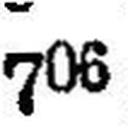
706